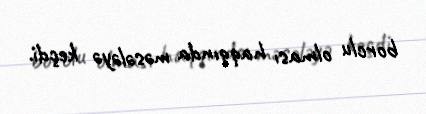
borclu olması haqqında məsələyə keçdi.